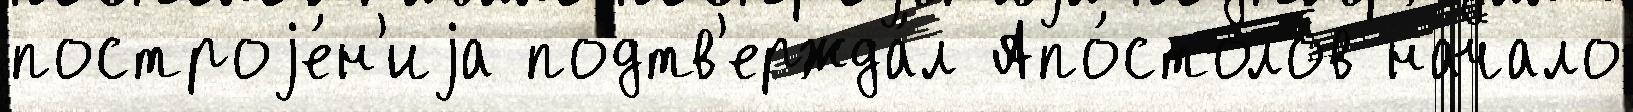
построjе́н'иjа подтв'ержда́л Апо́столов начало